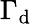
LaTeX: \Gamma_{\mathrm{d}}